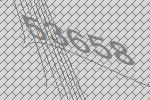
53658